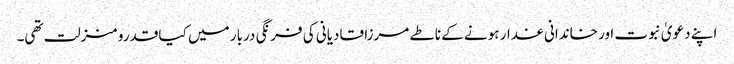
اپنے دعویٰ نبوت اور خاندانی غدار ہونے کے ناطے مرزا قادیانی کی فرنگی دربار میں کیا قدرو منزلت تھی۔